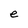
Character: e